Lunatic asylums Punjab 1881-1894 - 1881-1894
Year: 1881
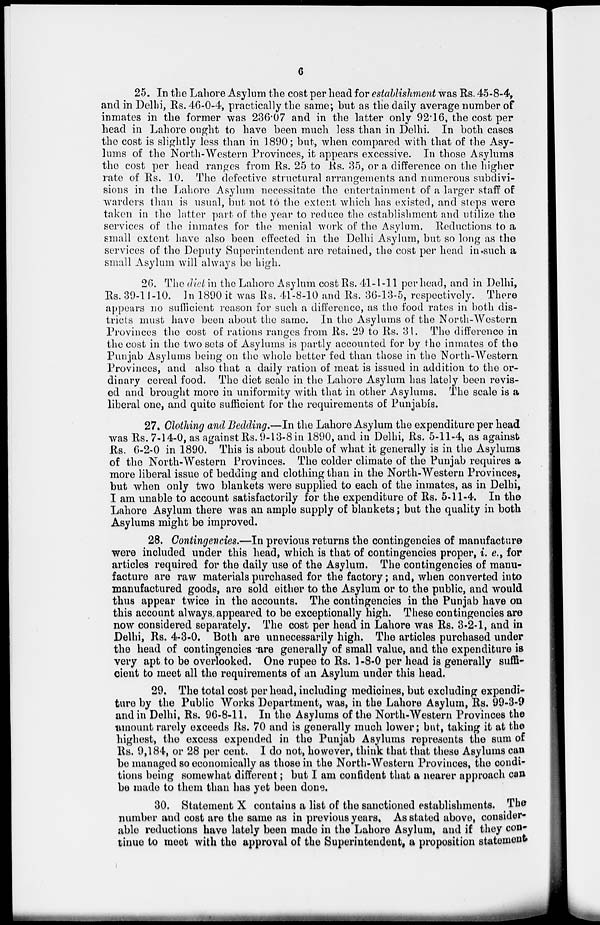
6
25. In the Lahore Asylum the cost per head for establishment was Rs. 45-8-4,
and in Delhi, Rs. 46-0-4, practically the same; but as the daily average number of
inmates in the former was 236.07 and in the latter only 92.16, the cost per
head in Lahore ought to have been much less than in Delhi. In both cases
the cost is slightly less than in 1890; but, when compared with that of the Asy-
lums of the North-Western Provinces, it appears excessive. In those Asylums
the cost per head ranges from Rs. 25 to Rs. 35, or a difference on the higher
rate of Rs. 10. The defective structural arrangements and numerous subdivi-
sions in the Lahore Asylum necessitate the entertainment of a larger staff of
warders than is usual, but not to the extent which has existed, and steps were
taken in the latter part of the year to reduce the establishment and utilize the
services of the inmates for the menial work of the Asylum. Reductions to a
small extent have also been effected in the Delhi Asylum, but so long as the
services of the Deputy Superintendent are retained, the cost per head in such a
small Asylum will always be high.
26. The diet in the Lahore Asylum cost Rs. 41-1-11 per head, and in Delhi,
Rs. 39-11-10. In 1890 it was Rs. 41-8-10 and Rs. 36-13-5, respectively. There
appears no sufficient reason for such a difference, as the food rates in both dis-
tricts must have been about the same. In the Asylums of the North-Western
Provinces the cost of rations ranges from Rs. 29 to Rs. 31. The difference in
the cost in the two sets of Asylums is partly accounted for by the inmates of the
Punjab Asylums being on the whole better fed than those in the North-Western
Provinces, and also that a daily ration of meat is issued in addition to the or-
dinary cereal food. The diet scale in the Lahore Asylum has lately been revis-
ed and brought more in uniformity with that in other Asylums. The scale is a
liberal one, and quite sufficient for the requirements of Punjabis.
27. Clothing and Bedding.—In the Lahore Asylum the expenditure per head
was Rs. 7-14-0, as against Rs. 9-13-8 in 1890, and in Delhi, Rs. 5-11-4, as against
Rs. 6-2-0 in 1890. This is about double of what it generally is in the Asylums
of the North-Western Provinces. The colder climate of the Punjab requires a
more liberal issue of bedding and clothing than in the North-Western Provinces,
but when only two blankets were supplied to each of the inmates, as in Delhi,
I am unable to account satisfactorily for the expenditure of Rs. 5-11-4. In the
Lahore Asylum there was an ample supply of blankets; but the quality in both
Asylums might be improved.
28. Contingencies.—In previous returns the contingencies of manufacture
were included under this head, which is that of contingencies proper, i. e., for
articles required for the daily use of the Asylum. The contingencies of manu-
facture are raw materials purchased for the factory; and, when converted into
manufactured goods, are sold either to the Asylum or to the public, and would
thus appear twice in the accounts. The contingencies in the Punjab have on
this account always, appeared to be exceptionally high. These contingencies are
now considered separately. The cost per head in Lahore was Rs. 3-2-1, and in
Delhi, Rs. 4-3-0. Both are unnecessarily high. The articles purchased under
the head of contingencies are generally of small value, and the expenditure is
very apt to be overlooked. One rupee to Rs. 1 -8-0 per head is generally suffi-
cient to meet all the requirements of an Asylum under this head.
29. The total cost per head, including medicines, but excluding expendi-
ture by the Public Works Department, was, in the Lahore Asylum, Rs. 99-3-9
and in Delhi, Rs. 96-8-11. In the Asylums of the North-Western Provinces the
amount rarely exceeds Rs. 70 and is generally much lower; but, taking it at the
highest, the excess expended in the Punjab Asylums represents the sum of
Rs. 9,184, or 28 per cent. I do not, however, think that that these Asylums can
be managed so economically as those in the North-Western Provinces, the condi-
tions being somewhat different; but I am confident that a nearer approach can
be made to them than has yet been done.
30. Statement X contains a list of the sanctioned establishments. The
number and cost are the same as in previous years, As stated above, consider-
able reductions have lately been made in the Lahore Asylum, and if they con-
tinue to meet with the approval of the Superintendent, a proposition statement